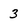
Character: 3